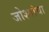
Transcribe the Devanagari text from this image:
जोश्यांचा